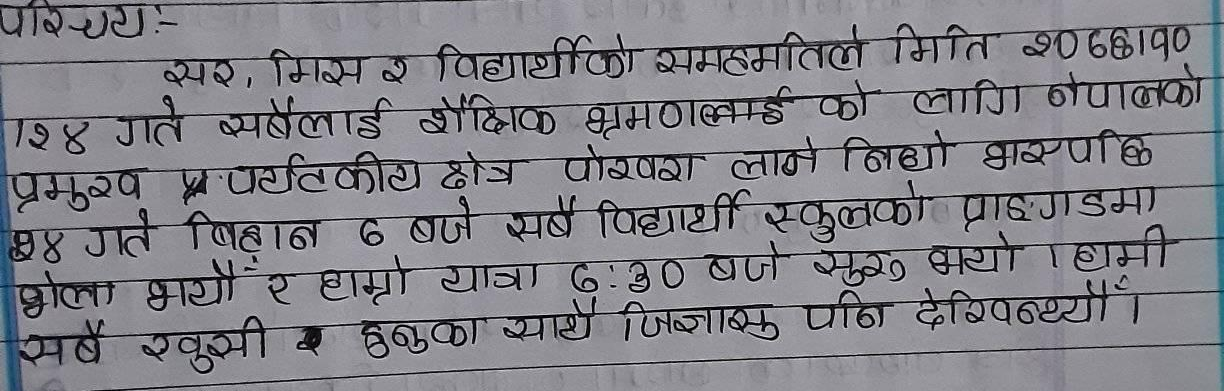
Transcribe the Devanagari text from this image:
परिचय-
सर, मिस र विद्यार्थीको समहमतिले मिति २०66190
1२४ गते सबैलाई शैक्षिक भ्रमणलाई को लागि नेपालको
प्रमुख पर्यटकीय क्षेत्र पोखरा लाने निधो भएपछि
२४ गते बिहान ७ बजे सबै विद्यार्थी स्कुलको प्राङ्गडमा
भेला भयौं र हाम्रो यात्रा 6:30 बजे सुरु भयो । हामी
सबै खुसी हुनुका साथै जिज्ञासु पनि देखिन्थ्यौ।